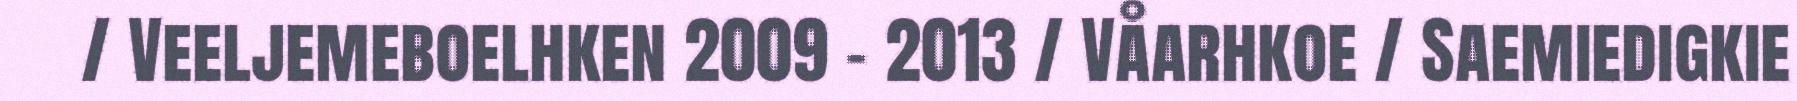
/ Veeljemeboelhken 2009 - 2013 / Våarhkoe / Saemiedigkie